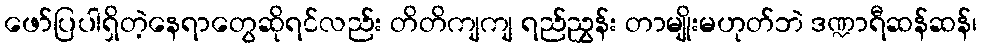
ဖော်ပြပါရှိတဲ့နေရာတွေဆိုရင်လည်း တိတိကျကျ ရည်ညွှန်း တာမျိုးမဟုတ်ဘဲ ဒဏ္ဍာရီဆန်ဆန်၊